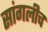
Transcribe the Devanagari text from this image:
सांगलीच